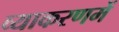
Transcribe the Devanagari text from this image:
व्याकरणमें